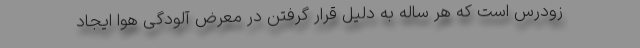
زودرس است که هر ساله به دلیل قرار گرفتن در معرض آلودگی هوا ایجاد